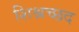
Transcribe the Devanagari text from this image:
शिश्नच्छद